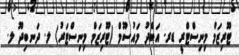
ޓޫރިޒަމް މިނިސްޓްރީ ޑރ. އަބްދު މައުސޫމް (ޓޫރިޒަމް މިނިސްޓަރު) ލ. ދަނބިދޫ ލ.